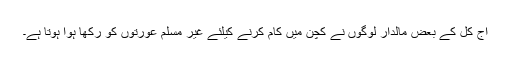
آج کل کے بعض مالدار لوگوں نے کچن میں کام کرنے کیلئے غیر مسلم عورتوں کو رکھا ہوا ہوتا ہے۔